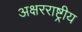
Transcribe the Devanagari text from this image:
अक्षरराष्ट्रीय